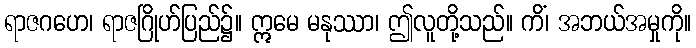
ရာဇဂဟေ၊ ရာဇဂြိုဟ်ပြည်၌။ ဣမေ မနုဿာ၊ ဤလူတို့သည်။ ကိံ၊ အဘယ်အမှုကို။